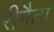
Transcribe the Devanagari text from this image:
रीगैटा